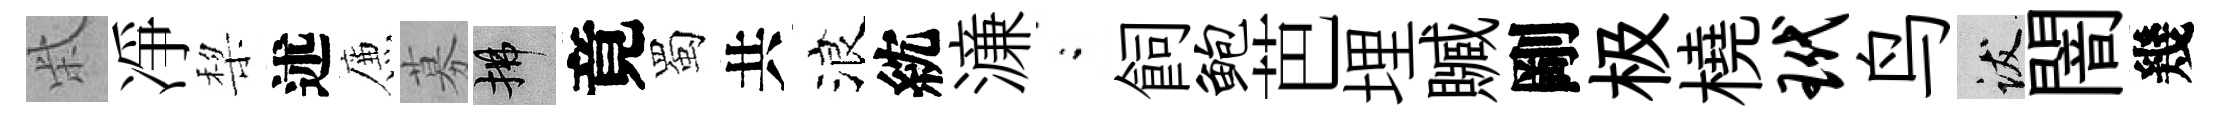
柴凈棃述簾募拂竟蜀共浪紞濓閤飼鲍芭埋贓剛极橈玳鸟跋闇幾